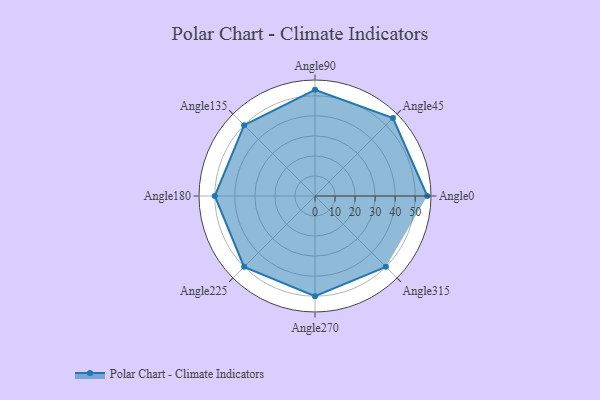
{"axis": {"x": "Angle", "y": "Radius"}, "legend": [""], "data": [{"x": "Angle0", "y": 56.0, "type": ""}, {"x": "Angle45", "y": 55.0, "type": ""}, {"x": "Angle90", "y": 53.0, "type": ""}, {"x": "Angle135", "y": 50, "type": ""}, {"x": "Angle180", "y": 50, "type": ""}, {"x": "Angle225", "y": 50, "type": ""}, {"x": "Angle270", "y": 50, "type": ""}, {"x": "Angle315", "y": 50, "type": ""}]}